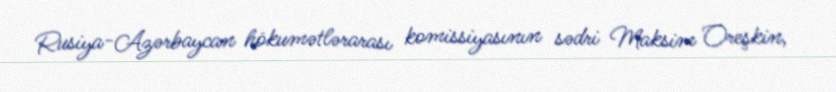
Rusiya-Azərbaycan hökumətlərarası komissiyasının sədri Maksim Oreşkin,